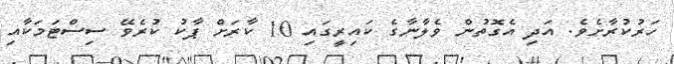
ހަރުކުރާށެވެ. އަދި އެގޮތުން ވެލާނާގެ ކައިރީގައި 10 ކާރަށް ޕާކު ކުރެވޭ ސިސްޓަމަކާއި